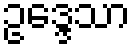
ဥဒ္ဒေသာ